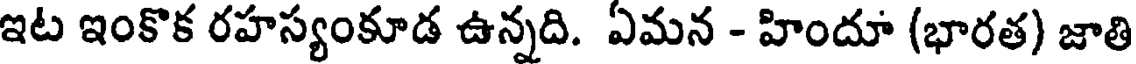
ఇట ఇంకొక రహస్యంకూడ ఉన్నది. ఏమన - హిందూ (భారత) జాతి